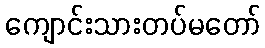
ကျောင်းသားတပ်မတော်